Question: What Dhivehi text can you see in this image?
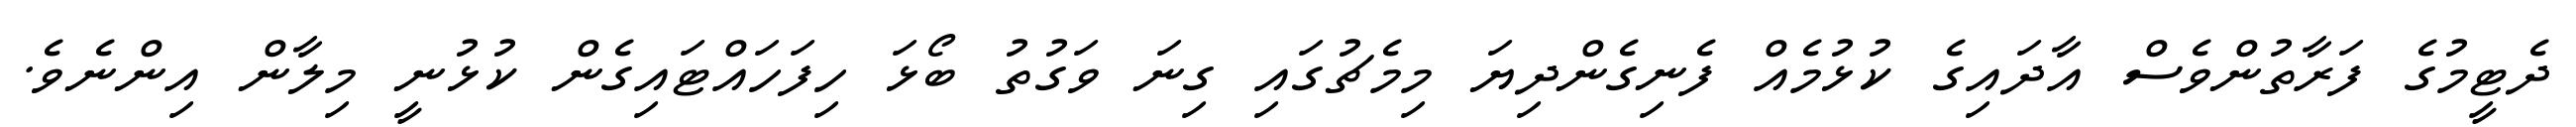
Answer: ދެޓީމުގެ ފަރާތުންވެސް އާދައިގެ ކުޅުމެއް ފެނިގެންދިޔަ މިމެޗުގައި ގިނަ ވަގުތު ބޯޅަ ހިފަހައްޓައިގެން ކުޅުނީ މިލާން އިންނެވެ.